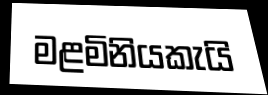
මළමිනියකැයි